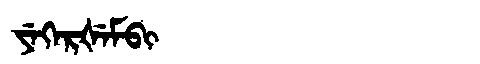
Manchu: ᠶᡝᡴᡝᡵᡧᡝᠮᠪᡳ
Romanization: YEKERŠEMBI